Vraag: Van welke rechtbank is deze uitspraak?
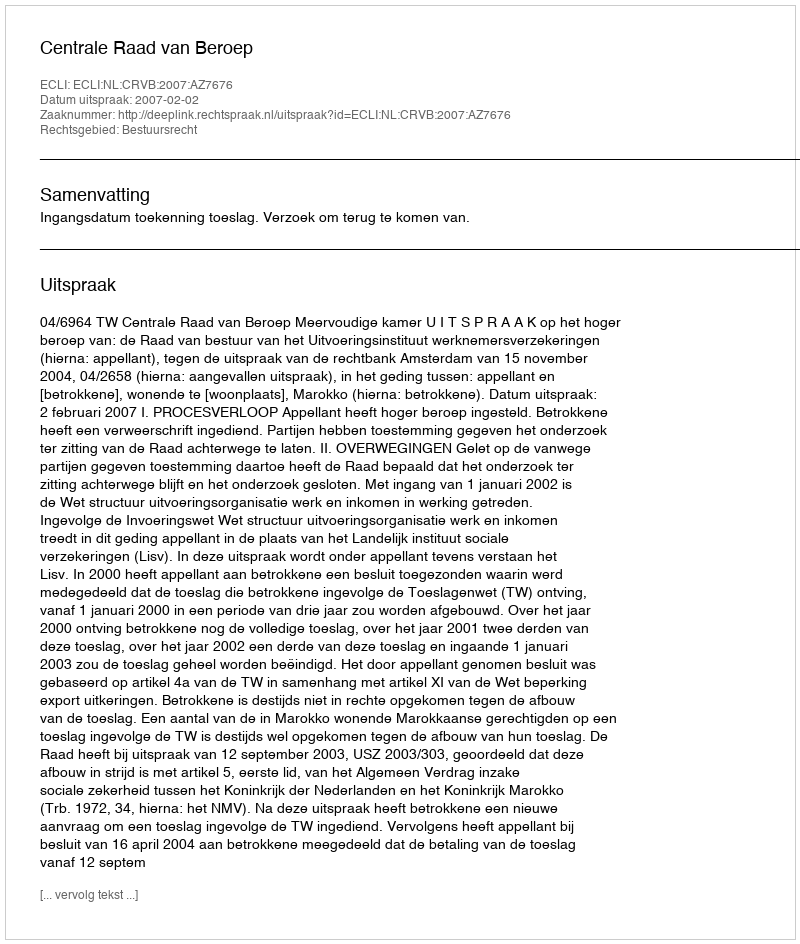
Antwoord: Centrale Raad van Beroep